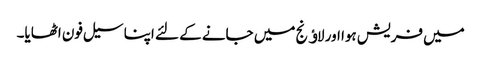
میں فریش ہوا اور لاﺅنج میں جانے کے لئے اپنا سیل فون اٹھایا۔